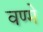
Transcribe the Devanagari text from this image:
वण्मे